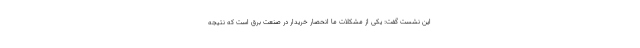
این نشست گفت: یکی از مشکلات ما انحصار خریدار در صنعت برق است که نتیجه